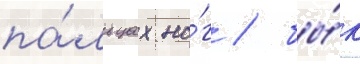
па́льцах но́г / бы́к